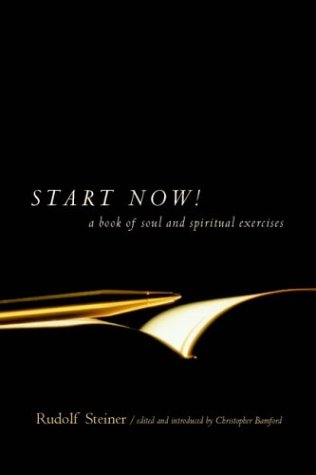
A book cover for Start Now!: A Book of Soul and Spiritual Exercises; Rudolf Steiner; Religion & Spirituality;